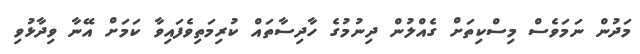
މަދުން ނަމަވެސް މިސްކިތަށް ގެއްލުން ދިނުމުގެ ހާދިސާތައް ކުރިމަތިވެފައިވާ ކަމަށް އޭނާ ވިދާޅުވި